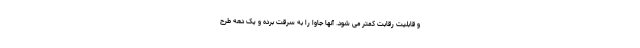
و قابلیت رقابت کمتر می شود. آنها جاوا را به سرقت برده و یک دهه طرح